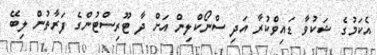
އެކަމުގެ ޝަކުވާ ޑައިވްކުރާ އަދި ސްނޯކްލިން އަށް ދާ ޓޫރިސްޓުންގެ ފަރާތުން ލިބޭ